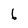
Character: 6